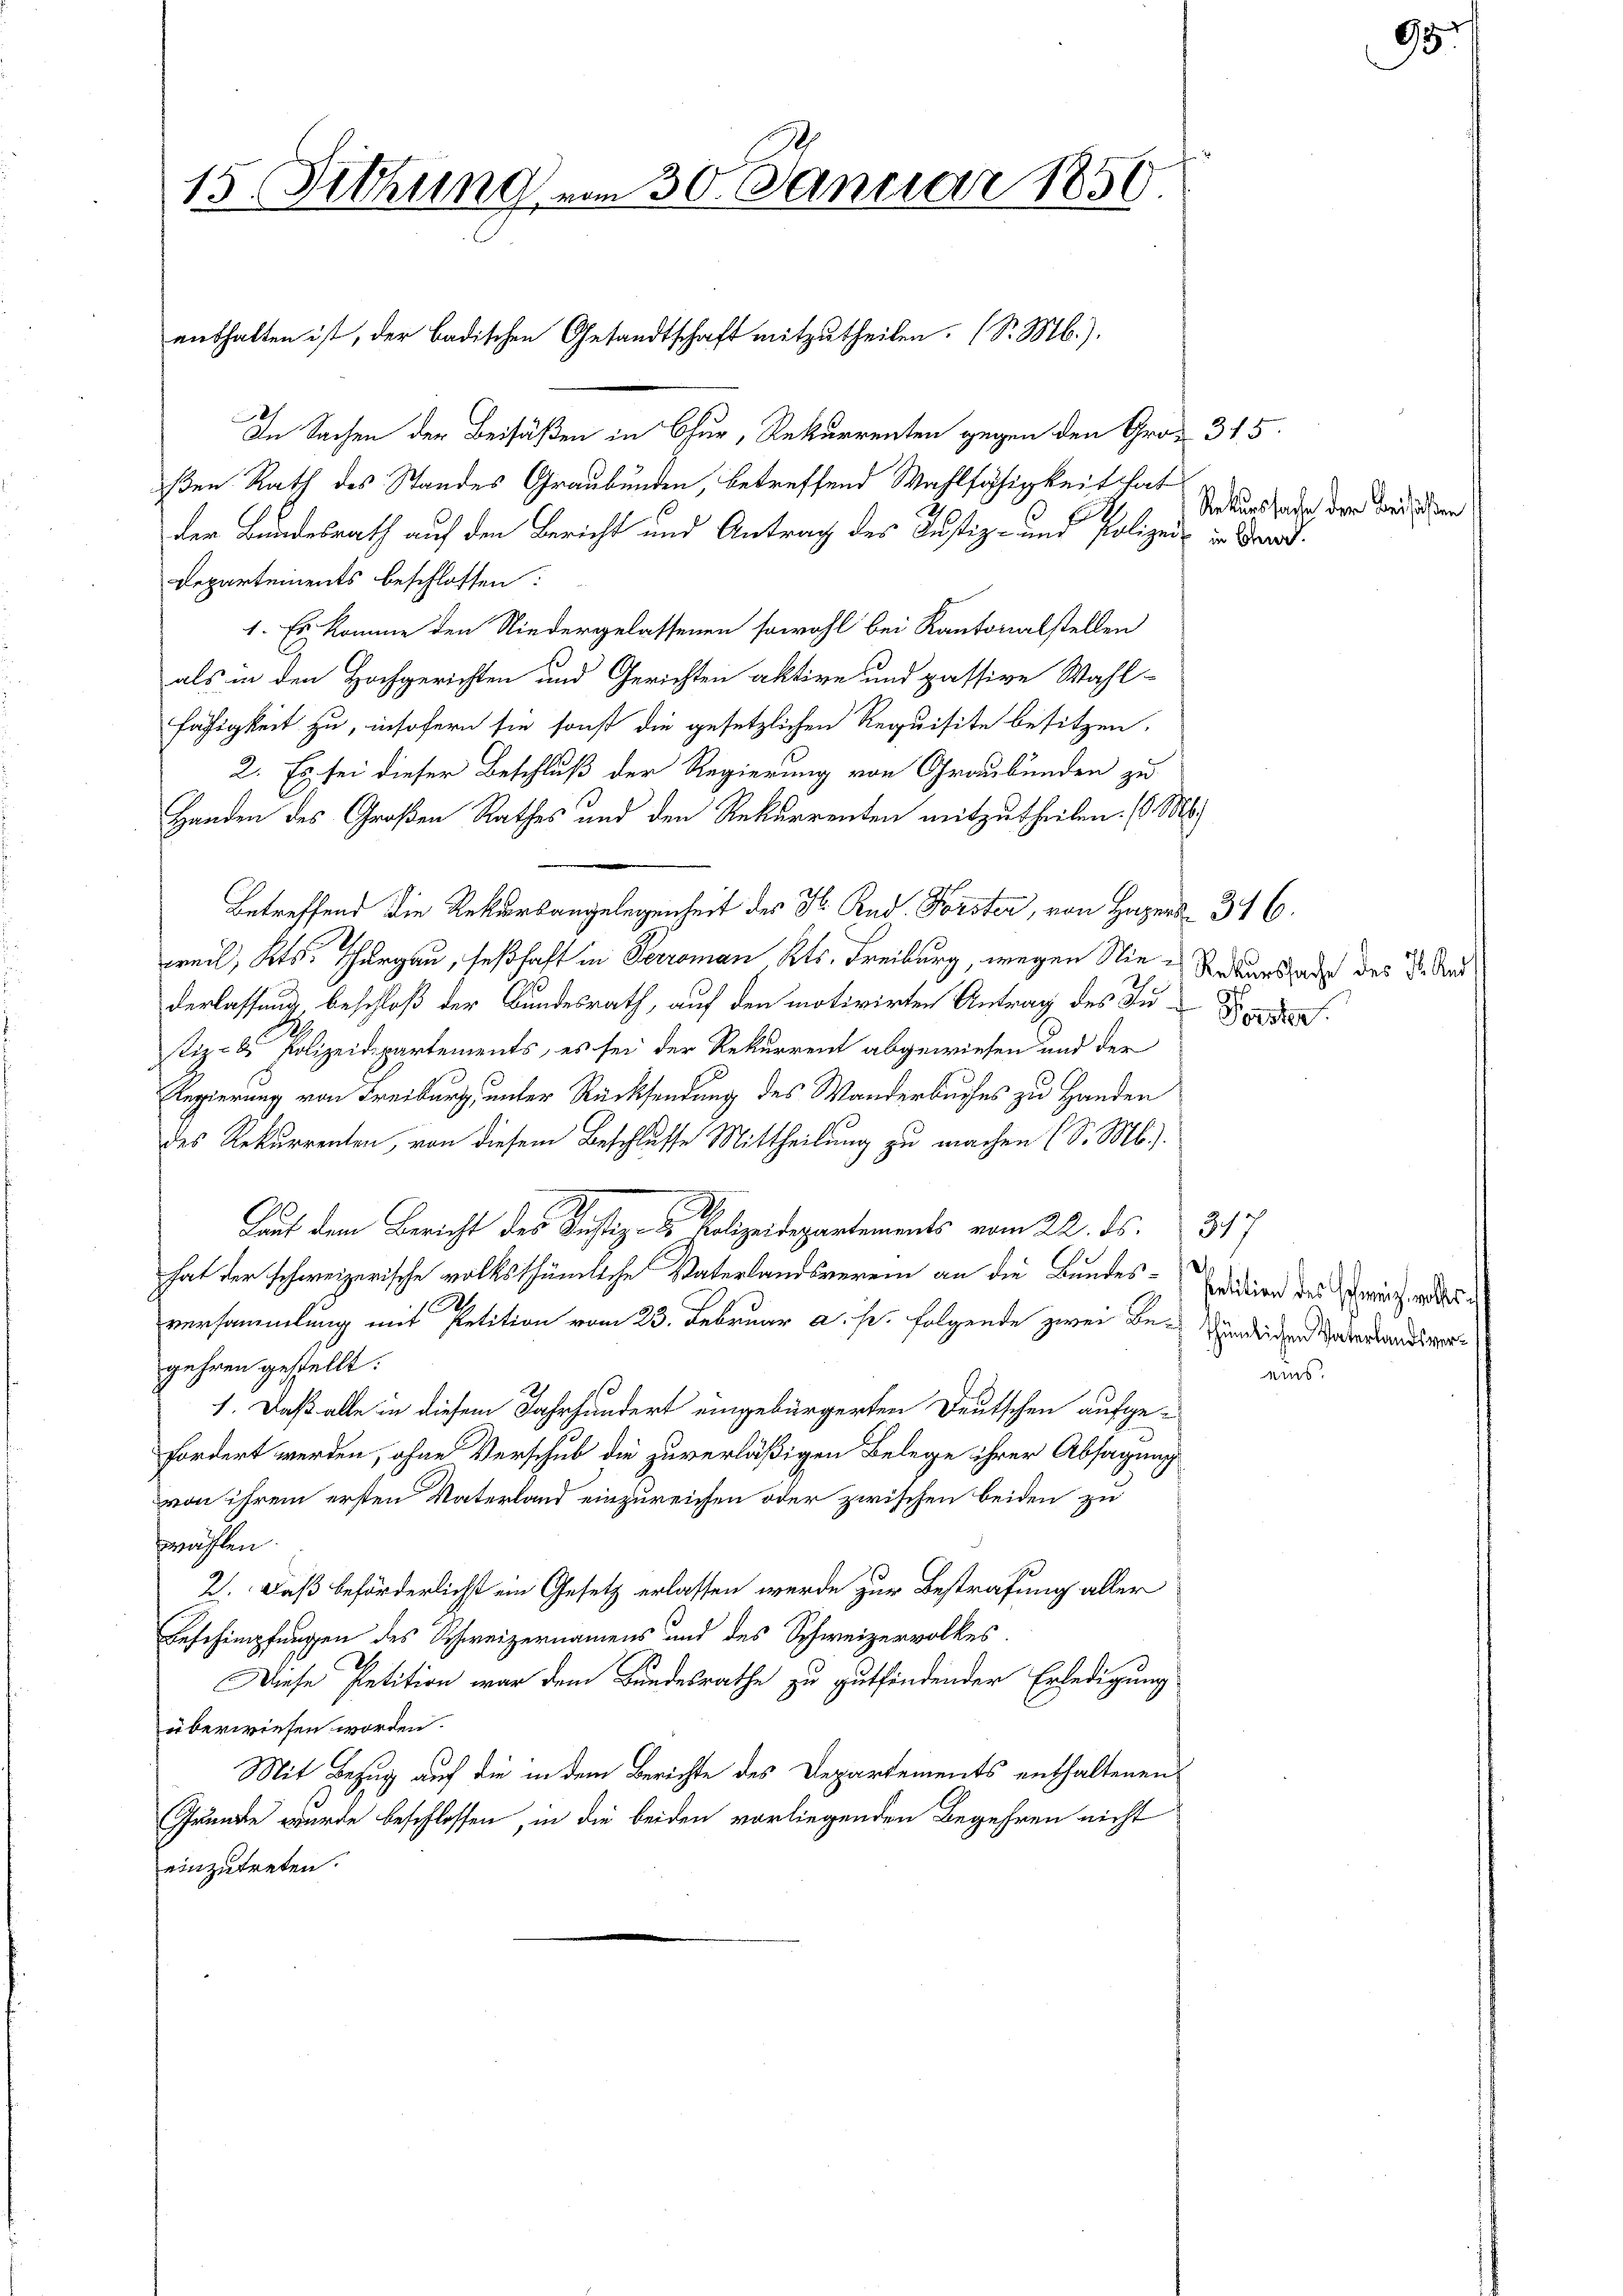
15. Sitzung vom 30. Januar 1850.

In Sachen der Beisäßen in Chur, Rekurrenten gegen den Groß 315.
ßen Rath des Standes Graubünden, betreffend Wahlfähigkeit hat
der Bundesrath auf den Bericht und Antrag des Justiz- und Polizei- in Grad.
Departements beschlossen:
1. Es komme den Niedergelassenen sowohl bei Kantonalstellen
als in den Hochgerichten und Gerichten aktive und passive Wahl-
fähigkeit zu, insofern sie sonst die gesetzlichen Requisite besitzen.
2. Es sei dieser Beschluß der Regierung von Graubünden zu
Handen des Großen Rathes und den Rekurrenten mitzutheilen. (l. M.
Betreffend die Rekursangelegenheit des H. Rud. Forster, von Haper 316.
weil, Kts. Thurgau, seßhaft in Perroman Kts. Freiburg, wegen Nie Rekurs aus des Dr. And
derlassung beschloß der Bundesrath, auf den motivirten Antrag des Ind
tiz- & Polizeidepartements, es sei der Rekurrent abgewiesen und der
Regierung von Freiburg, unter Rücksendung des Wanderbuches zu Handen
des Rekurrenten, von diesem Beschlusse Mittheilung zu machen (S. M.)
.
Bau dem Bericht des Justiz Polizeidepartements vom 22. ds. 317
hat der schweizerische volksthümliche Vaterlandsverein an die Bundes-
versammlung mit Petition vom 23. Februar a. pr. folgende zwei Be-Wundeiden Vaterlandwer
gehren gestellt:
1. Daß alle in diesem Jahrhundert eingebürgerten Deutschen aufge-
fordert werden, ohne Verschub die zuverläßigen Belege ihrer Absagung
von ihrem ersten Vaterland einzureichen oder zwischen beiden zu
früchten
2. Daß beförderlichst ein Gesetz erlassen werde zur Bestrafung aller
Beschimpfungen des Schweizernamens und des Schweizervolkes
Diese Petition war dem Bundesrathe zu gutfindender Erledigung
überwiesen worden.
Mit Bezug auf die in dem Berichte des Departements enthaltenen
Grunde wurde beschlossen, in die beiden vorliegenden Begehren nicht
einzutreten.

enthalten ist, der Badischen Gesandtschaft mitzutheilen. (S. M.).

Rekurssache der Beisaßen

98

Petition des schweiz wolles c
eins.